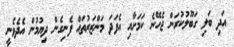
އަދި ބަލި ގަބޫލުކުރަން ޖެހޭނެ ކަމަށާއި އެފަދަ މަންޒަރުތައް ފެނިގެން ދިޔުމުން އެދެވެނީ